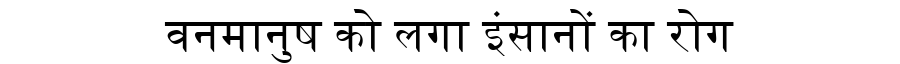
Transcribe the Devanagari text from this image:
वनमानुष को लगा इंसानों का रोग